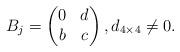
LaTeX: \begin{align*}B_j=\begin{pmatrix}0&d\\b&c\end{pmatrix},d_{4\times 4}\neq 0.\end{align*}